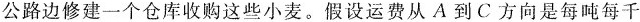
公路边修建一个仓库收购这些小麦。假设运费从A到C方向是每吨每千